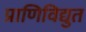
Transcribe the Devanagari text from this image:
प्राणिविद्युत